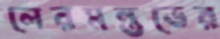
লেরমন্তভের